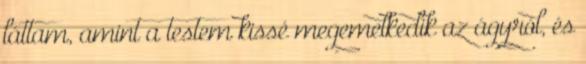
láttam, amint a testem kissé megemelkedik az ágyról, és